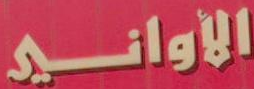
الأواني